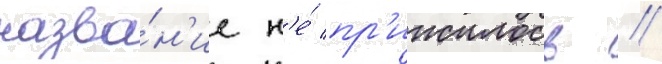
назва́н'ие н'е́ пр'ижилось /